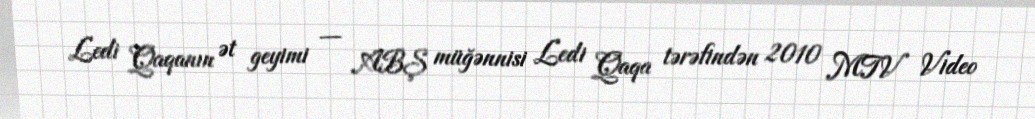
Ledi Qaqanın ət geyimi — ABŞ müğənnisi Ledi Qaqa tərəfindən 2010 MTV Video